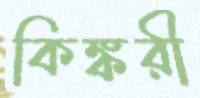
কিঙ্করী